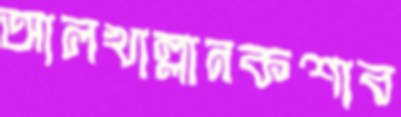
আলখাল্লানকশাব